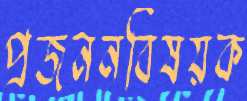
প্রজননবিষয়ক